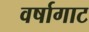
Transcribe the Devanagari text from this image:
वर्षागाट